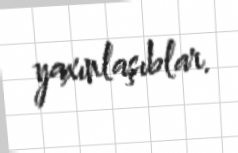
yaxınlaşıblar.